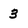
Character: 3